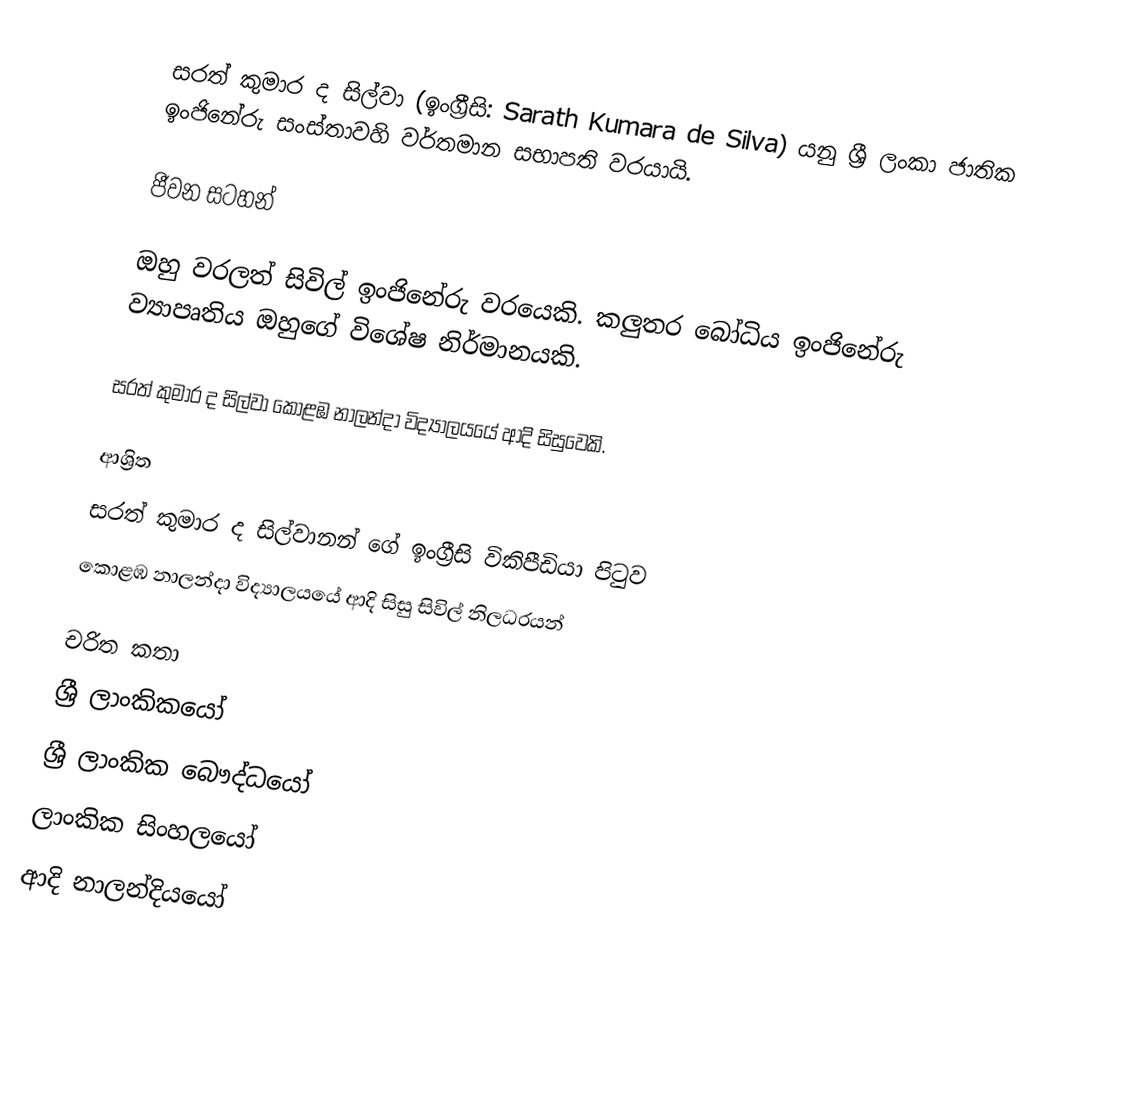
සරත් කුමාර ද සිල්වා (ඉංග්‍රීසි: Sarath Kumara de Silva) යනු ශ්‍රී ලංකා ජාතික ඉංජිනේරු සංස්තාවහි වර්තමාන සභාපති වරයායි.

ජීවන සටහන්

ඔහු වරලත් සිවිල් ඉංජිනේරු වරයෙකි. කලුතර බෝධිය ඉංජිනේරු ව්‍යාපෘතිය ඔහුගේ විශේෂ නිර්මානයකි.

සරත් කුමාර ද සිල්වා  කොළඹ නාලන්දා විද්‍යාලයයේ ආදි සිසුවෙකි.

ආශ්‍රිත
  සරත් කුමාර ද සිල්වානන් ගේ ඉංග්‍රීසි විකිපීඩියා පිටුව
 කොළඹ නාලන්දා විද්‍යාලයයේ ආදි සිසු සිවිල් නිලධරයන්

චරිත කතා
ශ්‍රී ලාංකිකයෝ
ශ්‍රී ලාංකික බෞද්ධයෝ
ලාංකික සිංහලයෝ
ආදි නාලන්දියයෝ